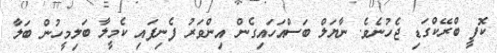
ކޮފީ ބްރޭކްގަޑި ޖެހުނެވެ. ނާޔަލް ބަސްއަހައިގެން އިންވަރު ފެނިފައި ކެމީލާ ބަލިމީހުން ބަލާ